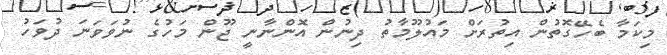
މިކަމާ ބެހޭގޮތުން އިތުރަށް މައުލޫމާތު ދިނުން އޮންނާނީ ޖޫން މަހުގެ ނުވަވަނަ ދުވަހު